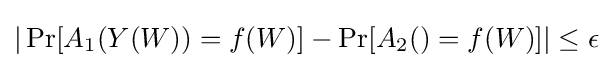
|\Pr[A_{1}(Y(W))=f(W)]-\Pr[A_{2}()=f(W)]|\leq \epsilon